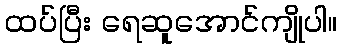
ထပ်ပြီး ရေဆူအောင်ကျိုပါ။